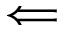
\Longleftarrow